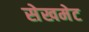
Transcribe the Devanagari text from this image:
सेखमेट